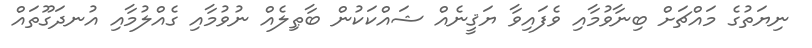
ނިޔަތުގެ މައްޗަށް ބިނާވުމާއި ވެފައިވާ ޔަޤީނެއް ޝައްކަކުން ބާޠިލެއް ނުވުމާއި ގެއްލުމާއި އުނދަގޫތައް